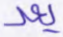
يعد